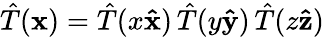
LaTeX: {\hat{T}}(\mathbf{x})={\hat{T}}(x\mathbf{\hat{x}})\, {\hat{T}}(y\mathbf{\hat{y}})\, {\hat{T}}(z\mathbf{\hat{z}})